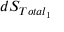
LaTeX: d S _ { T o t a l _ { 1 } }